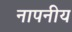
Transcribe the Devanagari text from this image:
नापनीय